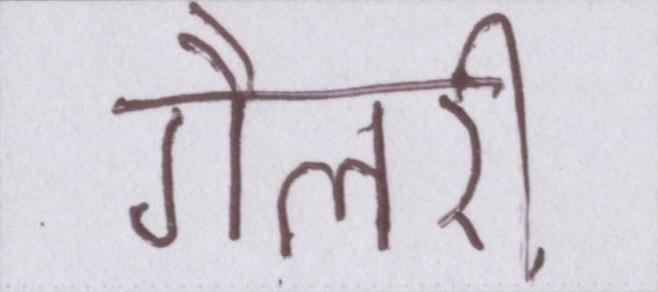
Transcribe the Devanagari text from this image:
गैलरी